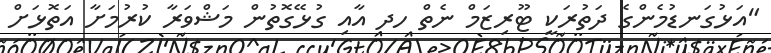
"އަޅުގަނޑުމެންގެ ދަތުރަކީ ޓޫރިޒަމް ނެތް ހދ އާއި ގުޅޭގޮތުން މަޝްވަރާ ކުރުމަށާ އަތޮޅަށް